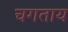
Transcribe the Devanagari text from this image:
चगताय